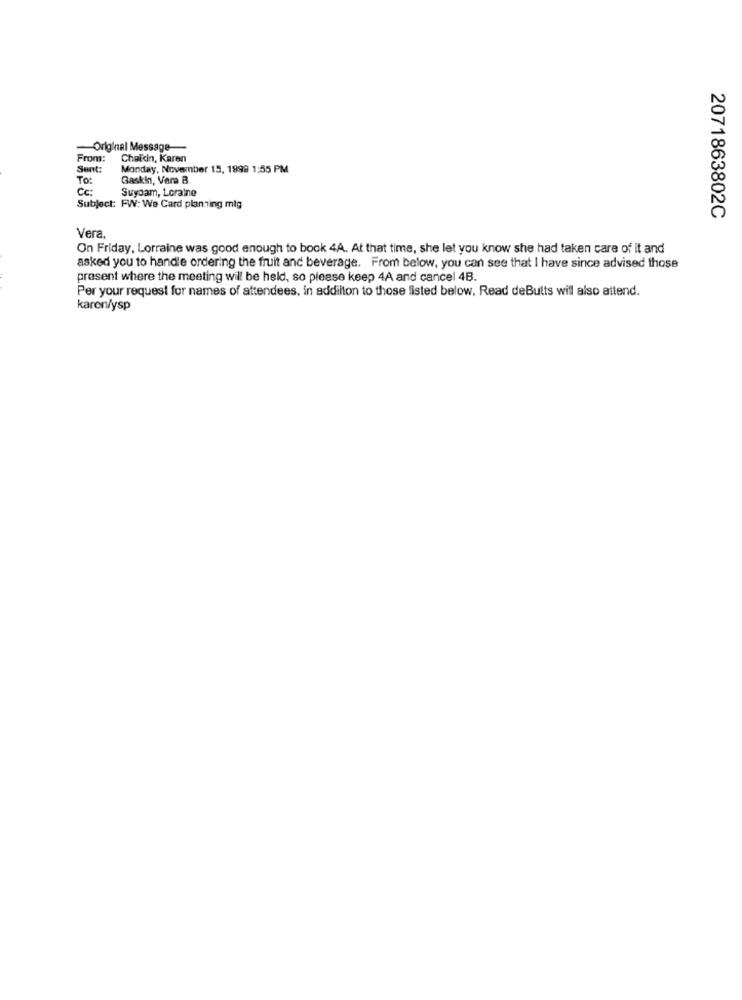
-Original Message-
From:
Chaldin, Karen
Sent:
Monday, November 15, 1998 1:55 PM
To:
Gaskin, Vara B.
Cc:
Suydam, Loraine
Subject: FW: We Card planting mig
2071863802C
Vera
On Friday, Lorraine was good enough to book 4A. At that time, she let you know she had taken care of it and
asked you to handle ordering the fruit and beverage. From below, you can see that I have since advised those
present where the meeting will be held, so please keep 4A and cancel 4B.
Per your request for names of attendees, in addilton to those listed below. Read deButts will also attend.
karen/ysp